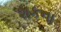
શકના